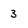
Character: 3